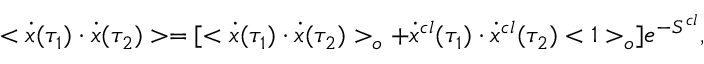
< \dot { x } ( \tau _ { 1 } ) \cdot \dot { x } ( \tau _ { 2 } ) > = [ < \dot { x } ( \tau _ { 1 } ) \cdot \dot { x } ( \tau _ { 2 } ) > _ { o } + \dot { x } ^ { c l } ( \tau _ { 1 } ) \cdot \dot { x } ^ { c l } ( \tau _ { 2 } ) < 1 > _ { o } ] e ^ { - S ^ { c l } } ,